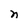
Character: n